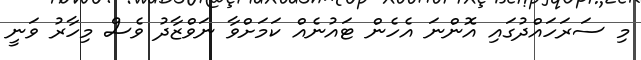
މި ސަރަހައްދުގައި އޮންނަ އެހެން ޓައުނެއް ކަމަށްވާ ނަވްޒާދު ވެސް މިހާރު ވަނީ